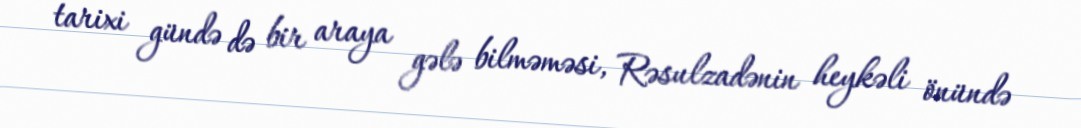
tarixi gündə də bir araya gələ bilməməsi, Rəsulzadənin heykəli önündə